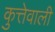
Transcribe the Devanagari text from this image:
कुत्तेवाली